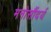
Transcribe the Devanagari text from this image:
मनोसौंदर्य